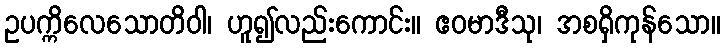
ဥပက္ကိလေသောတိဝါ၊ ဟူ၍လည်းကောင်း။ ဧဝမာဒီသု၊ အစရှိကုန်သော။